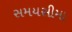
સમયસીમા